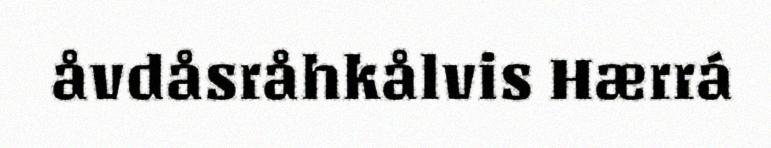
åvdåsråhkålvis Hærrá